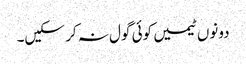
دونوں ٹیمیں کوئی گول نہ کر سکیں۔